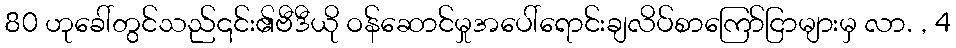
80 ဟုခေါ်တွင်သည်၎င်း၏ဗီဒီယို ဝန်ဆောင်မှုအပေါ်ရောင်းချလိပ်စာကြော်ငြာများမှ လာ. , 4